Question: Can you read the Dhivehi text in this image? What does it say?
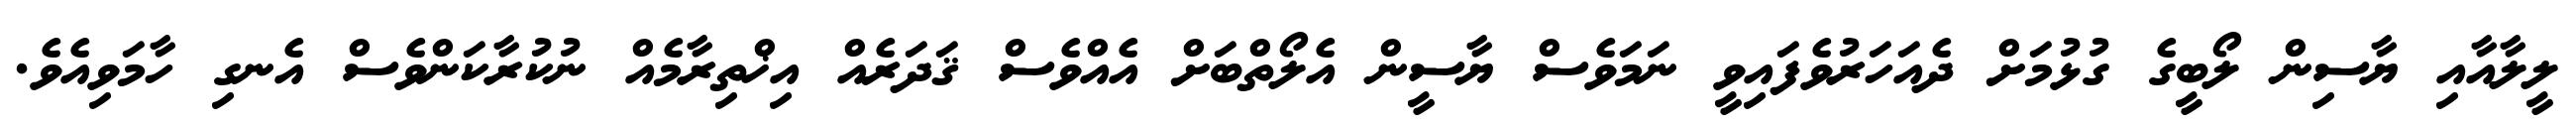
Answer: ލީލާއާއި ޔާސިން ލޯބީގެ ގުޅުމަށް ދެއަހަރުވެފައިވީ ނަމަވެސް ޔާސީން އެލޯތްބަށް އެއްވެސް ޤަދަރެއް އިޚްތިރާމެއް ނުކުރާކަންވެސް އެނގި ހާމަވިއެވެ.